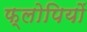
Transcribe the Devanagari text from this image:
फ्लोपियों